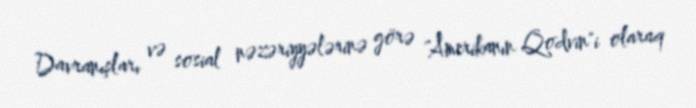
Davranışları və sosial nəzəriyyələrinə görə "Amerikanın Qodvin"i olaraq